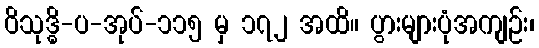
ဝိသုဒ္ဓိ-ပ-အုပ်-၁၁၅ မှ ၁၇၂ အထိ။ ပွားများပုံအကျဉ်း၊